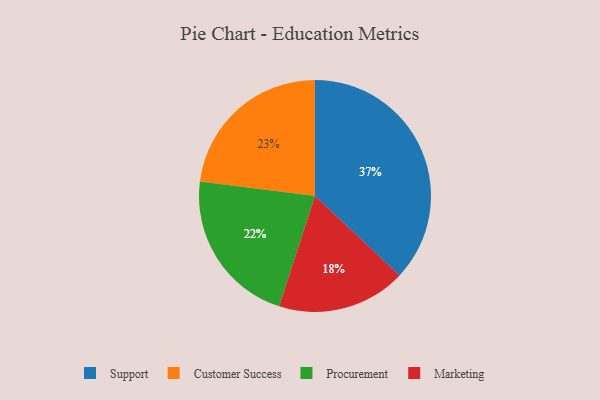
{"axis": {"x": "Category", "y": "Percentage"}, "legend": ["Customer Success", "Marketing", "Procurement", "Support"], "data": [{"x": "Procurement", "y": 22, "type": "Procurement"}, {"x": "Customer Success", "y": 23, "type": "Customer Success"}, {"x": "Support", "y": 37, "type": "Support"}, {"x": "Marketing", "y": 18, "type": "Marketing"}]}